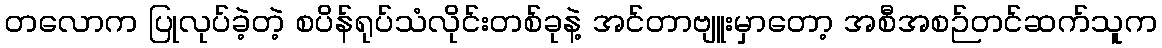
တလောက ပြုလုပ်ခဲ့တဲ့ စပိန်ရုပ်သံလိုင်းတစ်ခုနဲ့ အင်တာဗျူးမှာတော့ အစီအစဉ်တင်ဆက်သူက